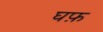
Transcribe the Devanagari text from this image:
घफ़